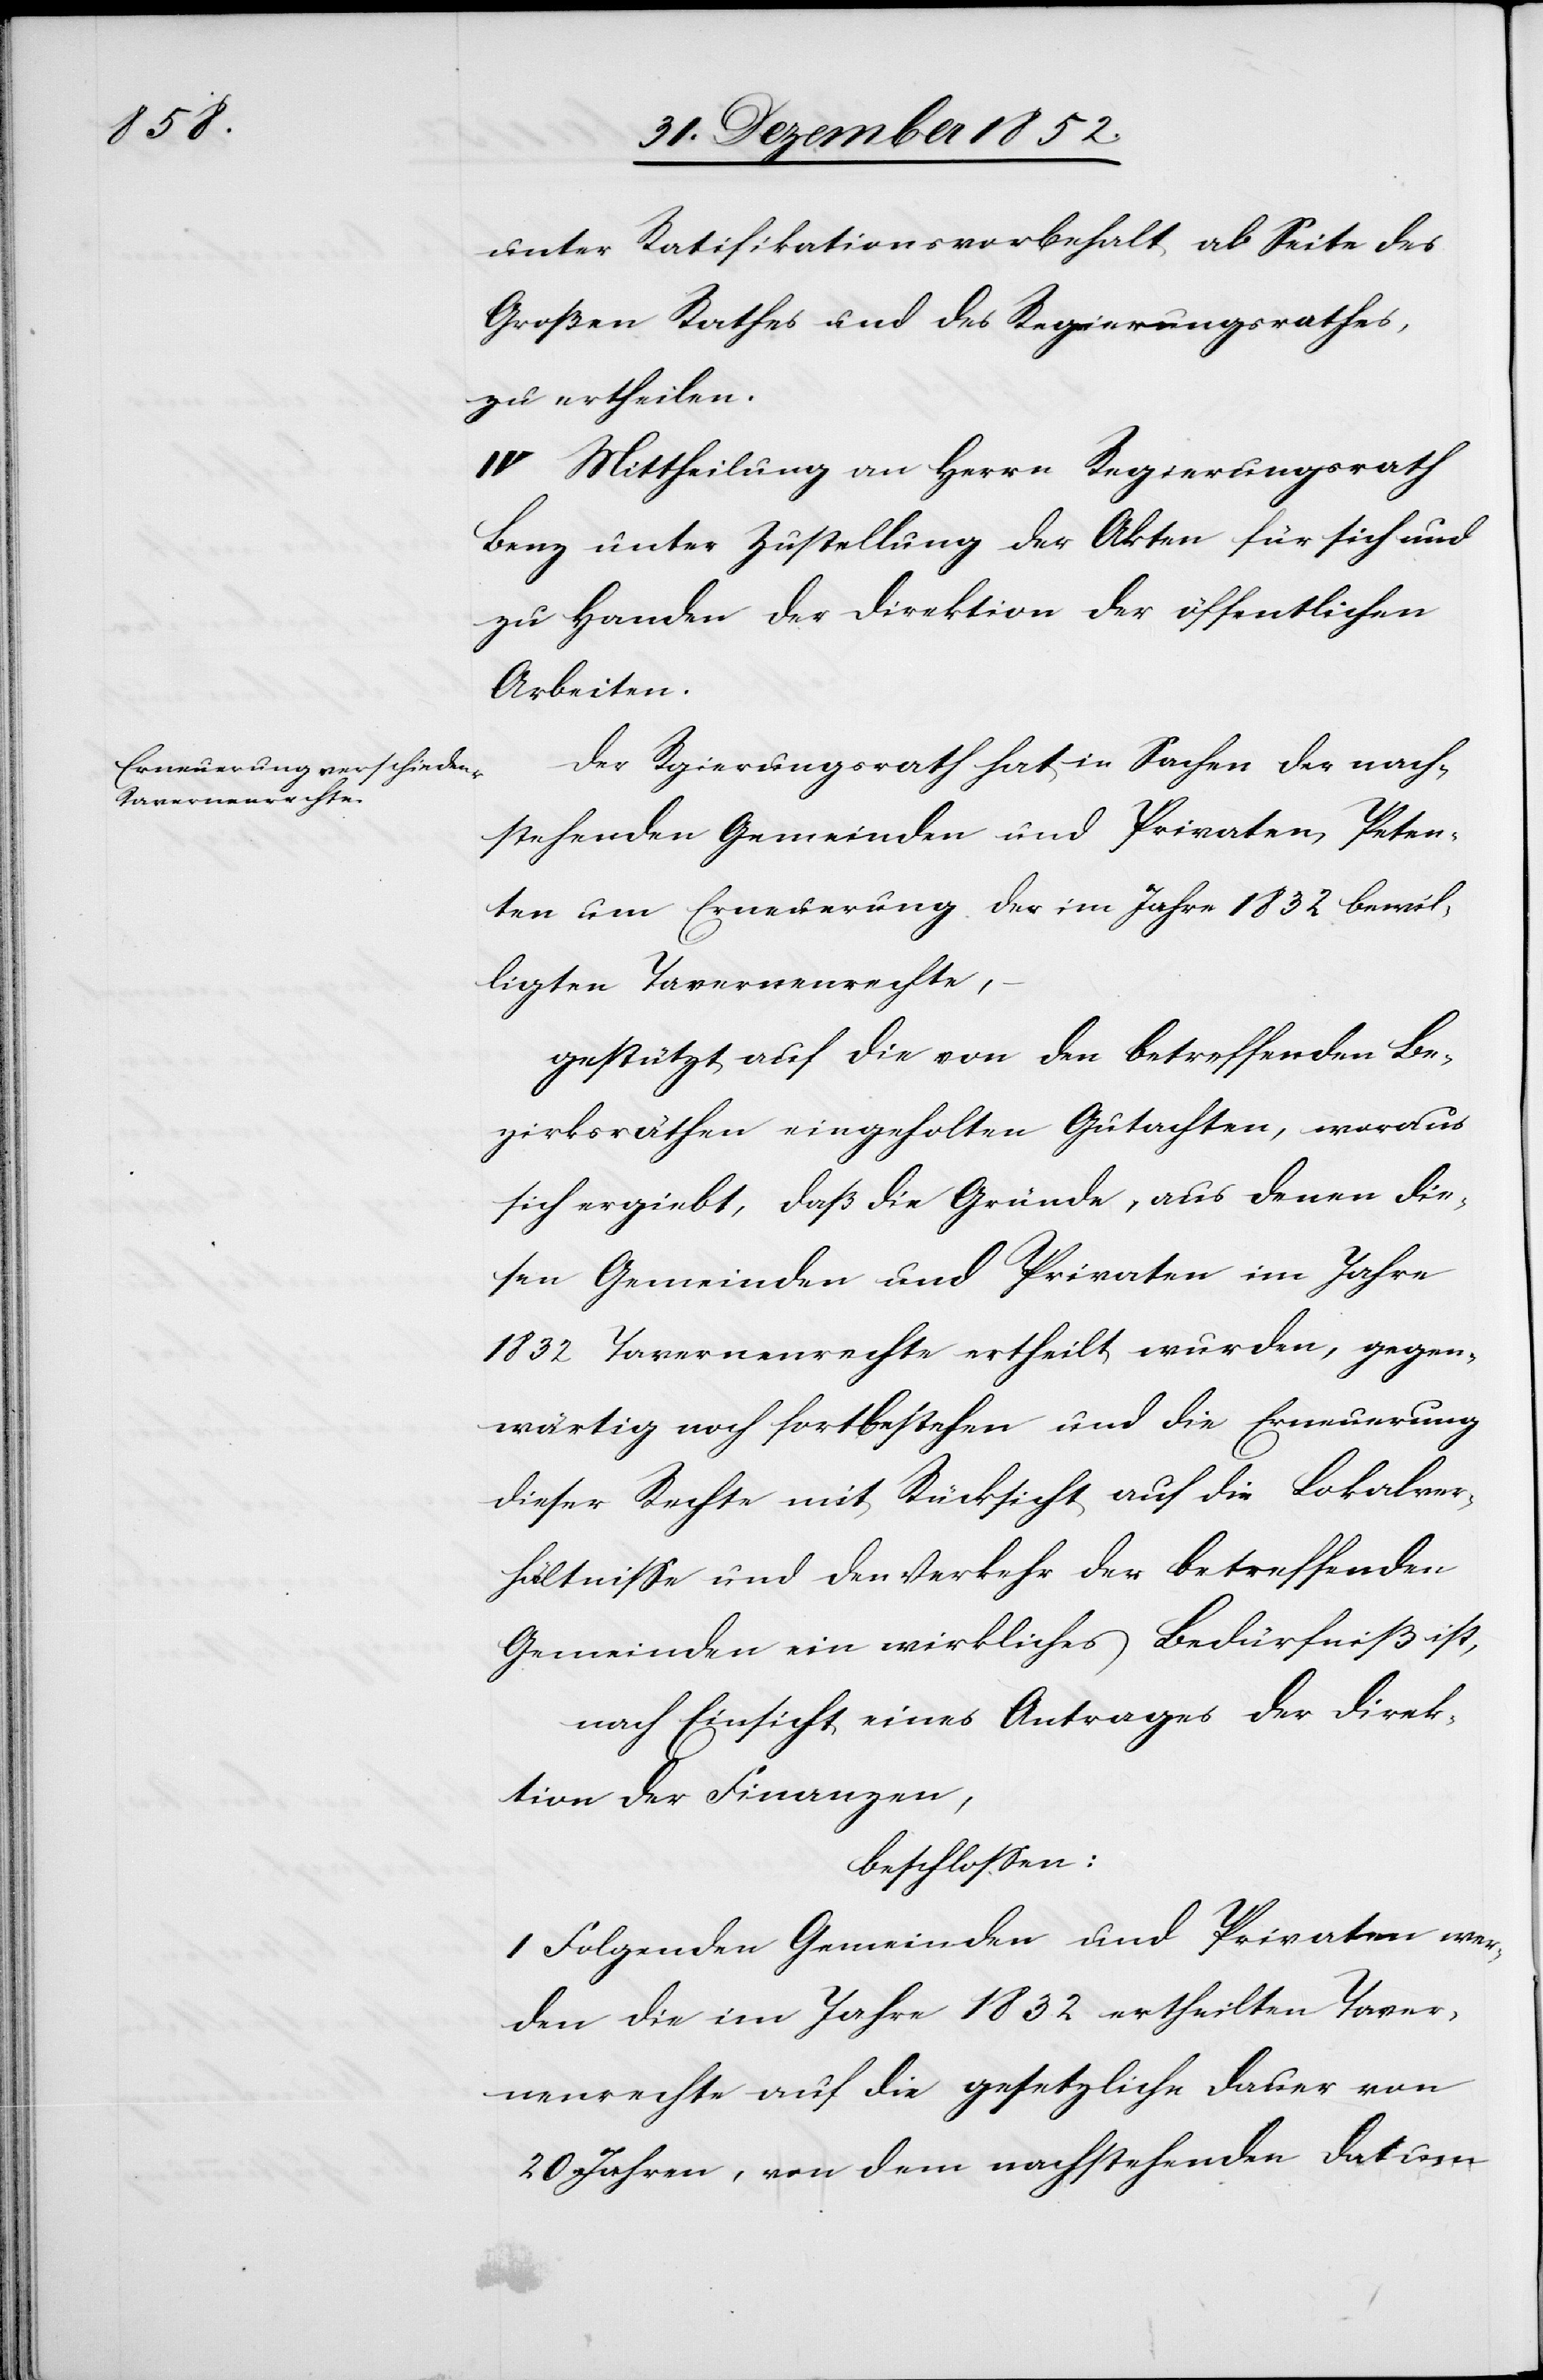
unter Ratifikationsvorbehalt ab Seite des
Großen Rathes und des Regierungsrathes,
zu ertheilen.
IV Mittheilung an Herrn Regierungsrath
Benz unter Zustellung der Akten für sich und
zu Handen der Direktion der öffentlichen
Arbeiten.
Der R[e]gierungsrath hat in Sachen der nach¬
stehenden Gemeinden und Privaten, Peten¬
ten um Erneuerung der im Jahre 1832 bewil¬
ligten Tavernenrechte,
gestützt auf die von den betreffenden Be¬
zirksräthen eingeholten Gutachten, woraus
sich ergiebt, daß die Gründe, aus denen die¬
sen Gemeinden und Privaten im Jahre
1832 Tavernenrechte ertheilt wurden, gegen¬
wärtig noch fortbestehen und die Erneuerung
dieser Rechte mit Rücksicht auf die Lokalver¬
hältnisse und den Verkehr der betreffenden
Gemeinden ein wirkliches Bedürfniß ist,
nach Einsicht eines Antrages der Direk¬
tion der Finanzen,
beschlossen:
I Folgenden Gemeinden und Privaten wer¬
den die im Jahre 1832 ertheilten Taver¬
nenrechte auf die gesetzliche Dauer von
20 Jahren, von dem nachstehenden Datum